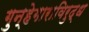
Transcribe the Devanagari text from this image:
गुन्हेगाराविरुद्ध